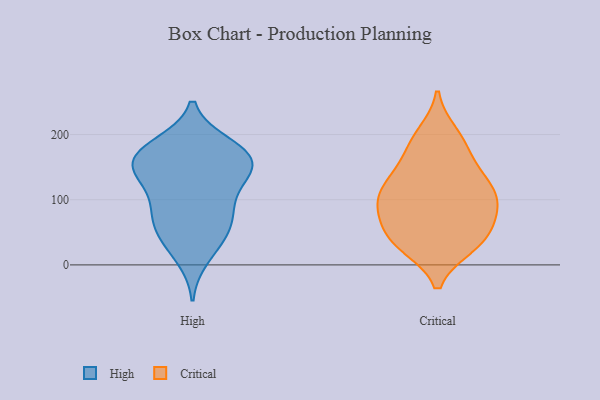
{"axis": {"x": "Shipments", "y": "Value"}, "legend": ["Critical", "High"], "data": [{"x": "", "y": 53, "type": "High"}, {"x": "", "y": 104, "type": "High"}, {"x": "", "y": 141, "type": "High"}, {"x": "", "y": 154, "type": "High"}, {"x": "", "y": 94, "type": "High"}, {"x": "", "y": 146, "type": "High"}, {"x": "", "y": 82, "type": "High"}, {"x": "", "y": 69, "type": "High"}, {"x": "", "y": 54, "type": "High"}, {"x": "", "y": 159, "type": "High"}, {"x": "", "y": 34, "type": "High"}, {"x": "", "y": 182, "type": "High"}, {"x": "", "y": 134, "type": "High"}, {"x": "", "y": 185, "type": "High"}, {"x": "", "y": 11, "type": "High"}, {"x": "", "y": 150, "type": "High"}, {"x": "", "y": 171, "type": "High"}, {"x": "", "y": 176, "type": "High"}, {"x": "", "y": 200, "type": "Critical"}, {"x": "", "y": 94, "type": "Critical"}, {"x": "", "y": 96, "type": "Critical"}, {"x": "", "y": 30, "type": "Critical"}, {"x": "", "y": 187, "type": "Critical"}, {"x": "", "y": 124, "type": "Critical"}, {"x": "", "y": 141, "type": "Critical"}, {"x": "", "y": 179, "type": "Critical"}, {"x": "", "y": 51, "type": "Critical"}, {"x": "", "y": 118, "type": "Critical"}, {"x": "", "y": 134, "type": "Critical"}, {"x": "", "y": 39, "type": "Critical"}, {"x": "", "y": 81, "type": "Critical"}, {"x": "", "y": 78, "type": "Critical"}, {"x": "", "y": 99, "type": "Critical"}, {"x": "", "y": 34, "type": "Critical"}, {"x": "", "y": 35, "type": "Critical"}]}